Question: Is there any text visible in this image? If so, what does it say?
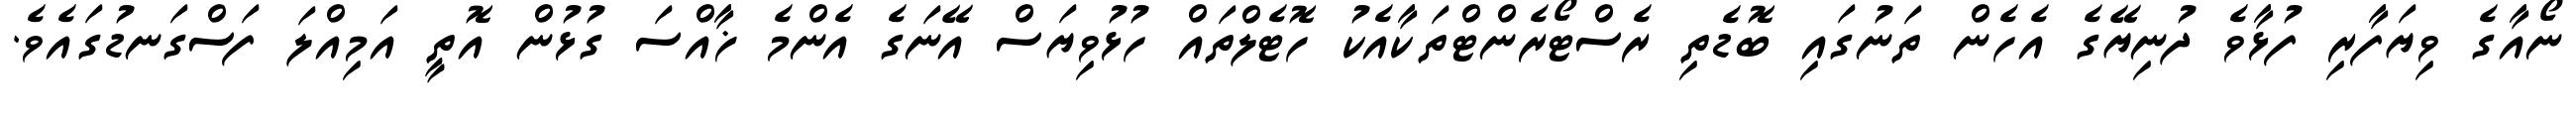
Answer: ނޯއާގެ ވިޔަފާރި ފުޅާވެ ދުނިޔޭގެ އެހެން ތަނުގައި ބޮޑެތި ރެސްޓޯރެންޓްތަކާއެކު ހޮޓެލްތައް ހުޅުވިޔަސް އޭނަގެ އެންމެ ޚާއްސަ ގުޅުން އޮތީ އަމިއްލަ ފަސްގަނޑުގައެވެ.